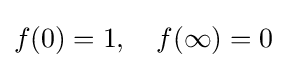
f(0)=1,\quad f(\infty )=0